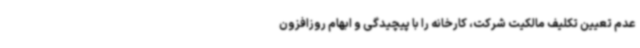
عدم تعیین تکلیف مالکیت شرکت، کارخانه را با پیچیدگی و ابهام روزافزون